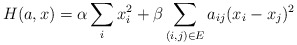
\begin{align*}H(a,x)=\alpha\sum_{i}x_{i}^{2}+\beta\sum_{(i,j)\in E}a_{ij}(x_{i}-x_{j})^{2}\end{align*}